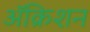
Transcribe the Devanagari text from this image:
ॲक्रिशन